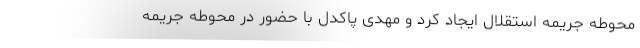
محوطه جریمه استقلال ایجاد کرد و مهدی پاکدل با حضور در محوطه جریمه